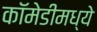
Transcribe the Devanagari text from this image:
कॉमेडीमध्ये